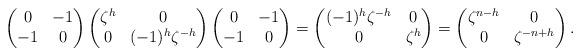
LaTeX: \begin{align*} \begin{pmatrix} 0 & -1 \\ -1 & 0\end{pmatrix}\begin{pmatrix} \zeta^h & 0 \\ 0 & (-1)^h\zeta^{-h} \end{pmatrix} \begin{pmatrix} 0 & -1 \\ -1 & 0\end{pmatrix}&=\begin{pmatrix} (-1)^h\zeta^{-h} & 0 \\ 0 & \zeta^{h} \end{pmatrix} =\begin{pmatrix} \zeta^{n-h} & 0 \\ 0 & \zeta^{-n+h} \end{pmatrix}. \end{align*}